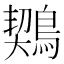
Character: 𪃈